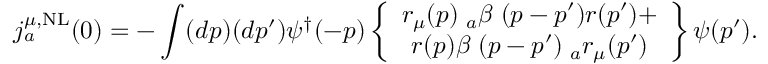
j _ { a } ^ { \mu , \mathrm { N L } } ( 0 ) = - \int ( d p ) ( d p ^ { \prime } ) \psi ^ { \dagger } ( - p ) \left\{ \begin{array} { c } { { r _ { \mu } ( p ) { \bf \lambda } _ { a } \beta { \bf \Phi } ( p - p ^ { \prime } ) r ( p ^ { \prime } ) + } } \\ { { r ( p ) \beta { \bf \Phi } ( p - p ^ { \prime } ) { \bf \lambda } _ { a } r _ { \mu } ( p ^ { \prime } ) } } \end{array} \right\} \psi ( p ^ { \prime } ) .